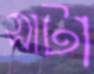
সাটা